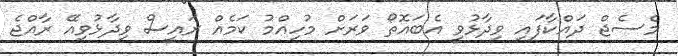
މެސެޖް ދައްކާފައި ވިދާޅުވީ އެބައޮތޯ ވަރަށް މުހިއްމު ކަމެއް ރައީސް ވިދާޅުވިއޭ ރާއްޖެ